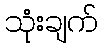
သုံးချက်